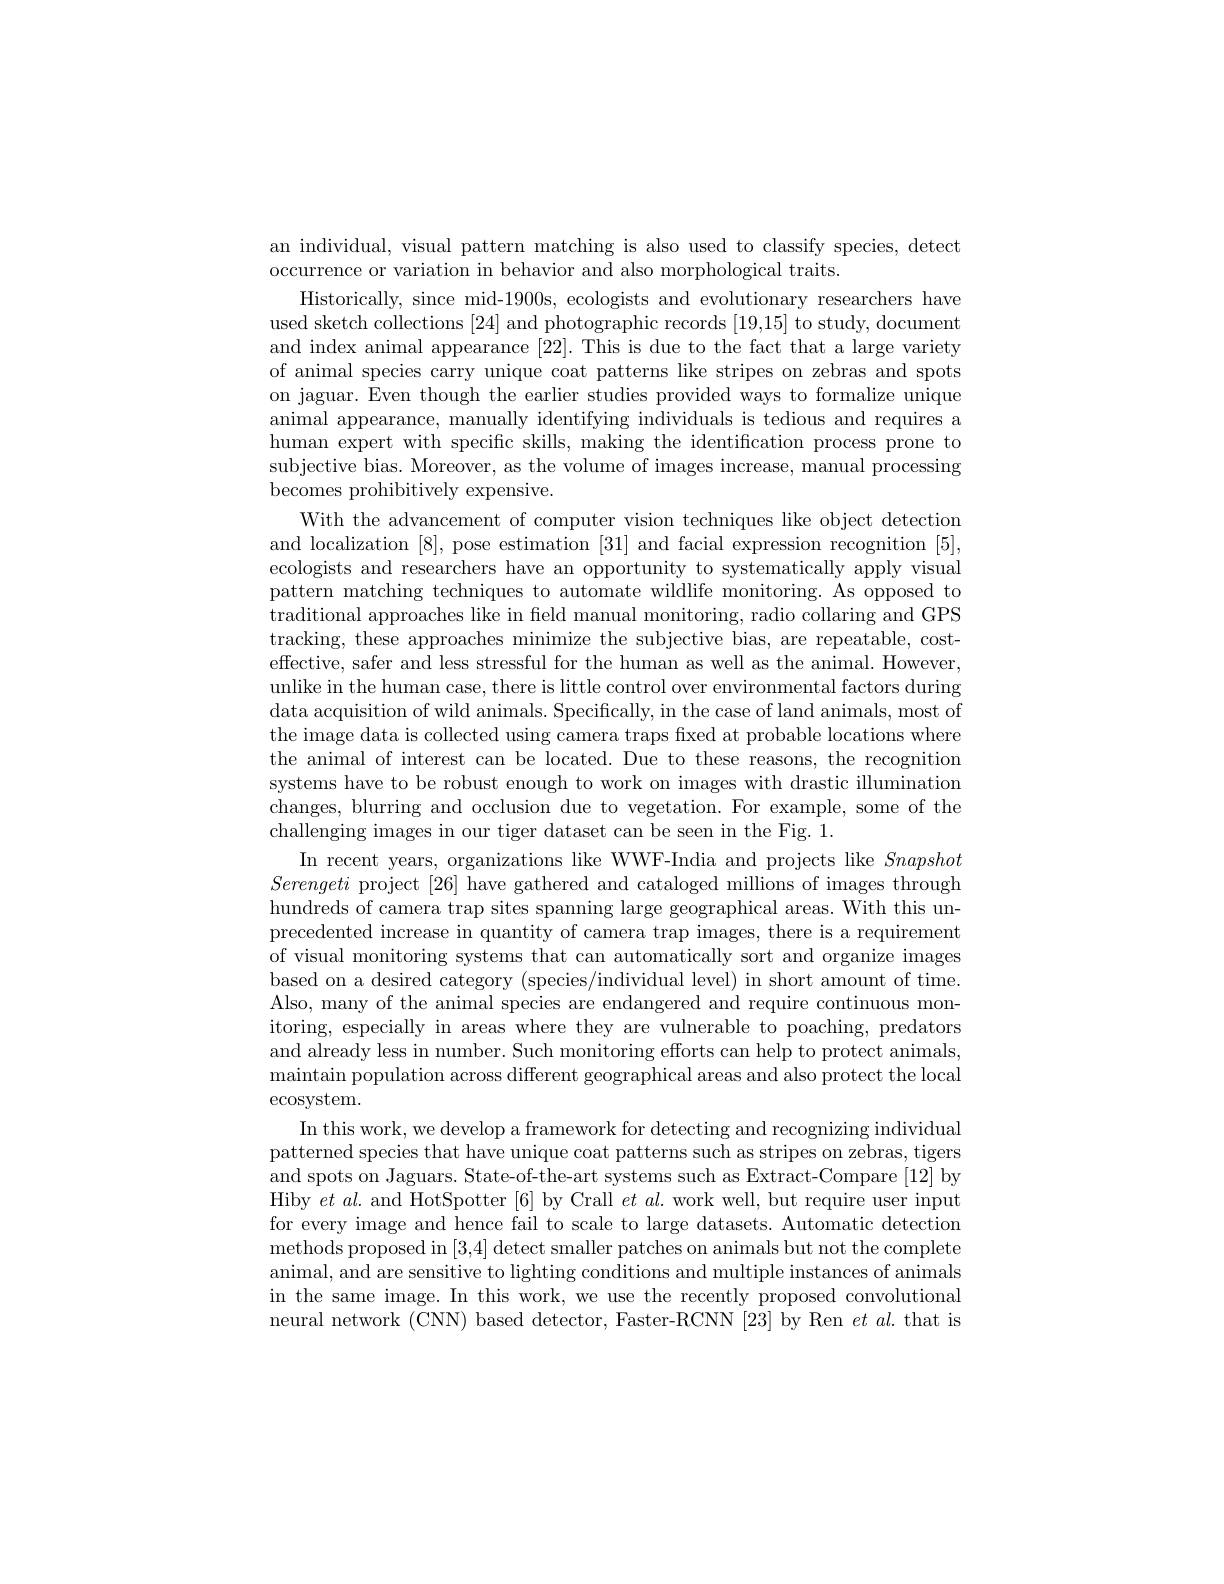
an individual, visual pattern matching is also used to classify species, detect
occurrence or variation in behavior and also morphological traits.
Historically, since mid-1900s, ecologists and evolutionary researchers have used sketch collections [24] and photographic records [19,15] to study, document and index animal appearance [22]. This is due to the fact that a large variety of animal species carry unique coat patterns like stripes on zebras and spots on jaguar. Even though the earlier studies provided ways to formalize unique animal appearance, manually identifying individuals is tedious and requires a human expert with specific skills, making the identification process prone to subjective bias. Moreover, as the volume of images increase, manual processing becomes prohibitively expensive.
With the advancement of computer vision techniques like object detection and localization [8], pose estimation [31] and facial expression recognition [5], ecologists and researchers have an opportunity to systematically apply visual pattern matching techniques to automate wildlife monitoring. As opposed to traditional approaches like in feld manual monitoring, radio collaring and GPS tracking, these approaches minimize the subjective bias, are repeatable, costeffective, safer and less stressful for the human as well as the animal. However, unlike in the human case, there is little control over environmental factors during data acquisition of wild animals. Specifically, in the case of land animals, most of the image data is collected using camera traps fixed at probable locations where the animal of interest can be located. Due to these reasons, the recognition systems have to be robust enough to work on images with drastic illumination changes, blurring and occlusion due to vegetation. For example, some of the challenging images in our tiger dataset can be seen in the Fig. 1.
In recent years, organizations like WWF-India and projects like Snapshot Serengeti project [26] have gathered and cataloged millions of images through hundreds of camera trap sites spanning large geographical areas. With this unprecedented increase in quantity of camera trap images, there is a requirement of visual monitoring systems that can automatically sort and organize images based on a desired category (species/individual level) in short amount of time Also, many of the animal species are endangered and require continuous monitoring, especially in areas where they are vulnerable to poaching, predators and already less in number. Such monitoring efforts can help to protect animals, maintain population across different geographical areas and also protect the local ecosystem.
In this work, we develop a framework for detecting and recognizing individual patterned species that have unique coat patterns such as stripes on zebras, tigers and spots on Jaguars. State-of-the-art systems such as Extract-Compare [12] by Hiby $et$ al. and HotSpotter [6] by Crall $et\textit{al. work well, but require user input}$ for every image and hence fail to scale to large datasets. Automatic detection methods proposed in [3,4] detect smaller patches on animals but not the complete animal, and are sensitive to lighting conditions and multiple instances of animals in the same image. In this work, we use the recently proposed convolutional neural network (CNN) based detector, Faster-RCNN [23] by Ren $et\textit{al. that is}$